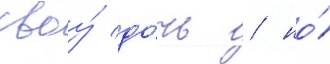
своу́ до́чь / но́